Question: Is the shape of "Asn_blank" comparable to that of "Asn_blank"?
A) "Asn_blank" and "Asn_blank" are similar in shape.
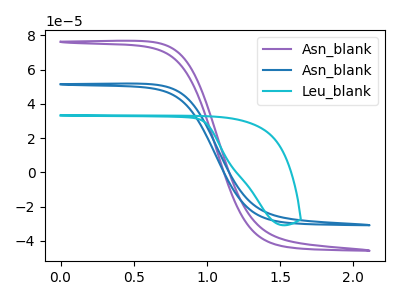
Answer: <think>The purple curve "Asn_blank" has no peaks. The blue curve "Asn_blank" has no peaks. The cyan curve "Leu_blank" has no peaks.
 Neither "Asn_blank" or "Asn_blank" have any peaks.</think>
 <answer>A) "Asn_blank" and "Asn_blank" are similar in shape.</answer>
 <eval>A</eval>